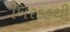
ખિરકહથી